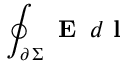
\oint _ { \scriptstyle \partial \, \Sigma } \textbf { E } \, d \textbf { l }